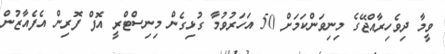
ވީމާ ދިވެހިރާއްޖޭގެ މިނިވަންކަމަށް 50 އަހަރުވުމާ ގުޅިގެން މިނިސްޓްރީ އޮފް ފޮރިން އެފެއާޒުން